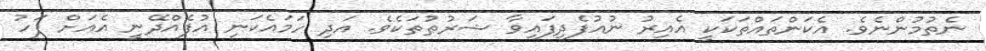
ނެތުމުންނެވެ. އެކަންތައްތަކަކީ އެއިރު ނުއުފެދިފައިވާ ޝަރުޠުތަކެވެ. އަދި ހަމައެކަނި އުފެއްދޭނީ އެއަށް ފަހު